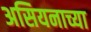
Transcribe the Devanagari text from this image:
असियनाच्या